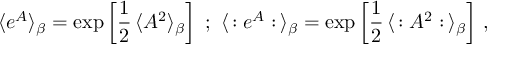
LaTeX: \langle e ^ { A } \rangle _ { \beta } = \exp \left[ \frac { 1 } { 2 } \, \langle A ^ { 2 } \rangle _ { \beta } \right] \ ; \ \langle \, : e ^ { A } : \, \rangle _ { \beta } = \exp \left[ \frac { 1 } { 2 } \, \langle \, : A ^ { 2 } : \, \rangle _ { \beta } \right] \, ,